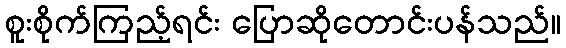
စူးစိုက်ကြည့်ရင်း ပြောဆိုတောင်းပန်သည်။